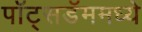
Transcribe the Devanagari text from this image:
पॉट्सडॅममध्ये